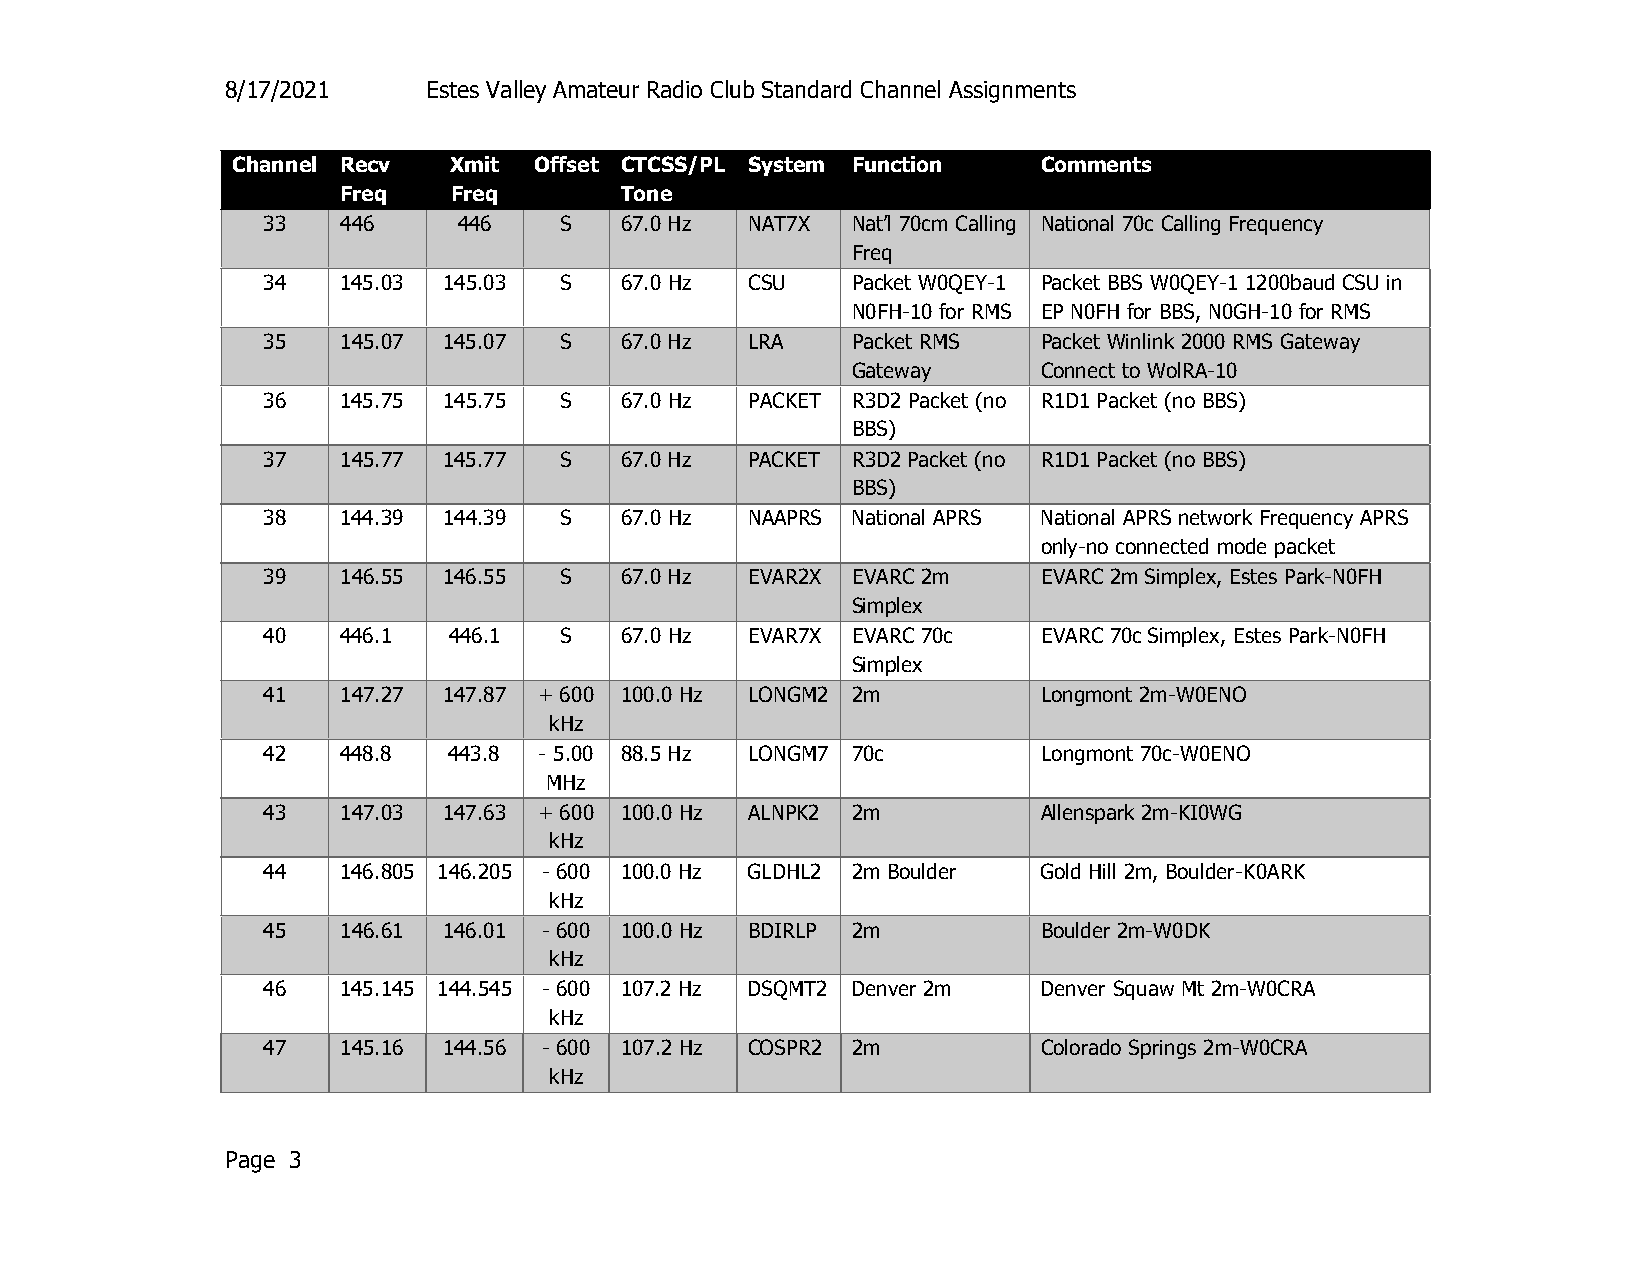
8/17/2021    Estes Valley Amateur Radio Club Standard Channel Assignments
 Channel Recv   Xmit Offset CTCSS/PL System Function   Comments
 Freq   Freq       Tone
 33    446    446    S   67.0 Hz NAT7X  Nat’l 70cm Calling National 70c Calling Frequency
 Freq
 34    145.03 145.03 S   67.0 Hz  CSU   Packet W0QEY-1 Packet BBS W0QEY-1 1200baud CSU in
 N0FH-10 for RMS EP N0FH for BBS, N0GH-10 for RMS
 35    145.07 145.07 S   67.0 Hz LRA    Packet RMS   Packet Winlink 2000 RMS Gateway
 Gateway      Connect to WolRA-10
 36    145.75 145.75 S   67.0 Hz  PACKET R3D2 Packet (no R1D1 Packet (no BBS)
 BBS)
 37    145.77 145.77 S   67.0 Hz PACKET R3D2 Packet (no R1D1 Packet (no BBS)
 BBS)
 38    144.39 144.39 S   67.0 Hz  NAAPRS National APRS National APRS network Frequency APRS
 only-no connected mode packet
 39    146.55 146.55 S   67.0 Hz EVAR2X EVARC 2m     EVARC 2m Simplex, Estes Park-N0FH
 Simplex
 40    446.1  446.1  S   67.0 Hz  EVAR7X EVARC 70c   EVARC 70c Simplex, Estes Park-N0FH
 Simplex
 41    147.27 147.87 + 600 100.0 Hz LONGM2 2m        Longmont 2m-W0ENO
 kHz
 42    448.8  443.8 - 5.00 88.5 Hz LONGM7 70c        Longmont 70c-W0ENO
 MHz
 43    147.03 147.63 + 600 100.0 Hz ALNPK2 2m        Allenspark 2m-KI0WG
 kHz
 44    146.805 146.205 - 600 100.0 Hz GLDHL2 2m Boulder Gold Hill 2m, Boulder-K0ARK
 kHz
 45    146.61 146.01 - 600 100.0 Hz BDIRLP 2m        Boulder 2m-W0DK
 kHz
 46    145.145 144.545 - 600 107.2 Hz DSQMT2 Denver 2m Denver Squaw Mt 2m-W0CRA
 kHz
 47    145.16 144.56 - 600 107.2 Hz COSPR2 2m        Colorado Springs 2m-W0CRA
 kHz
 Page 3